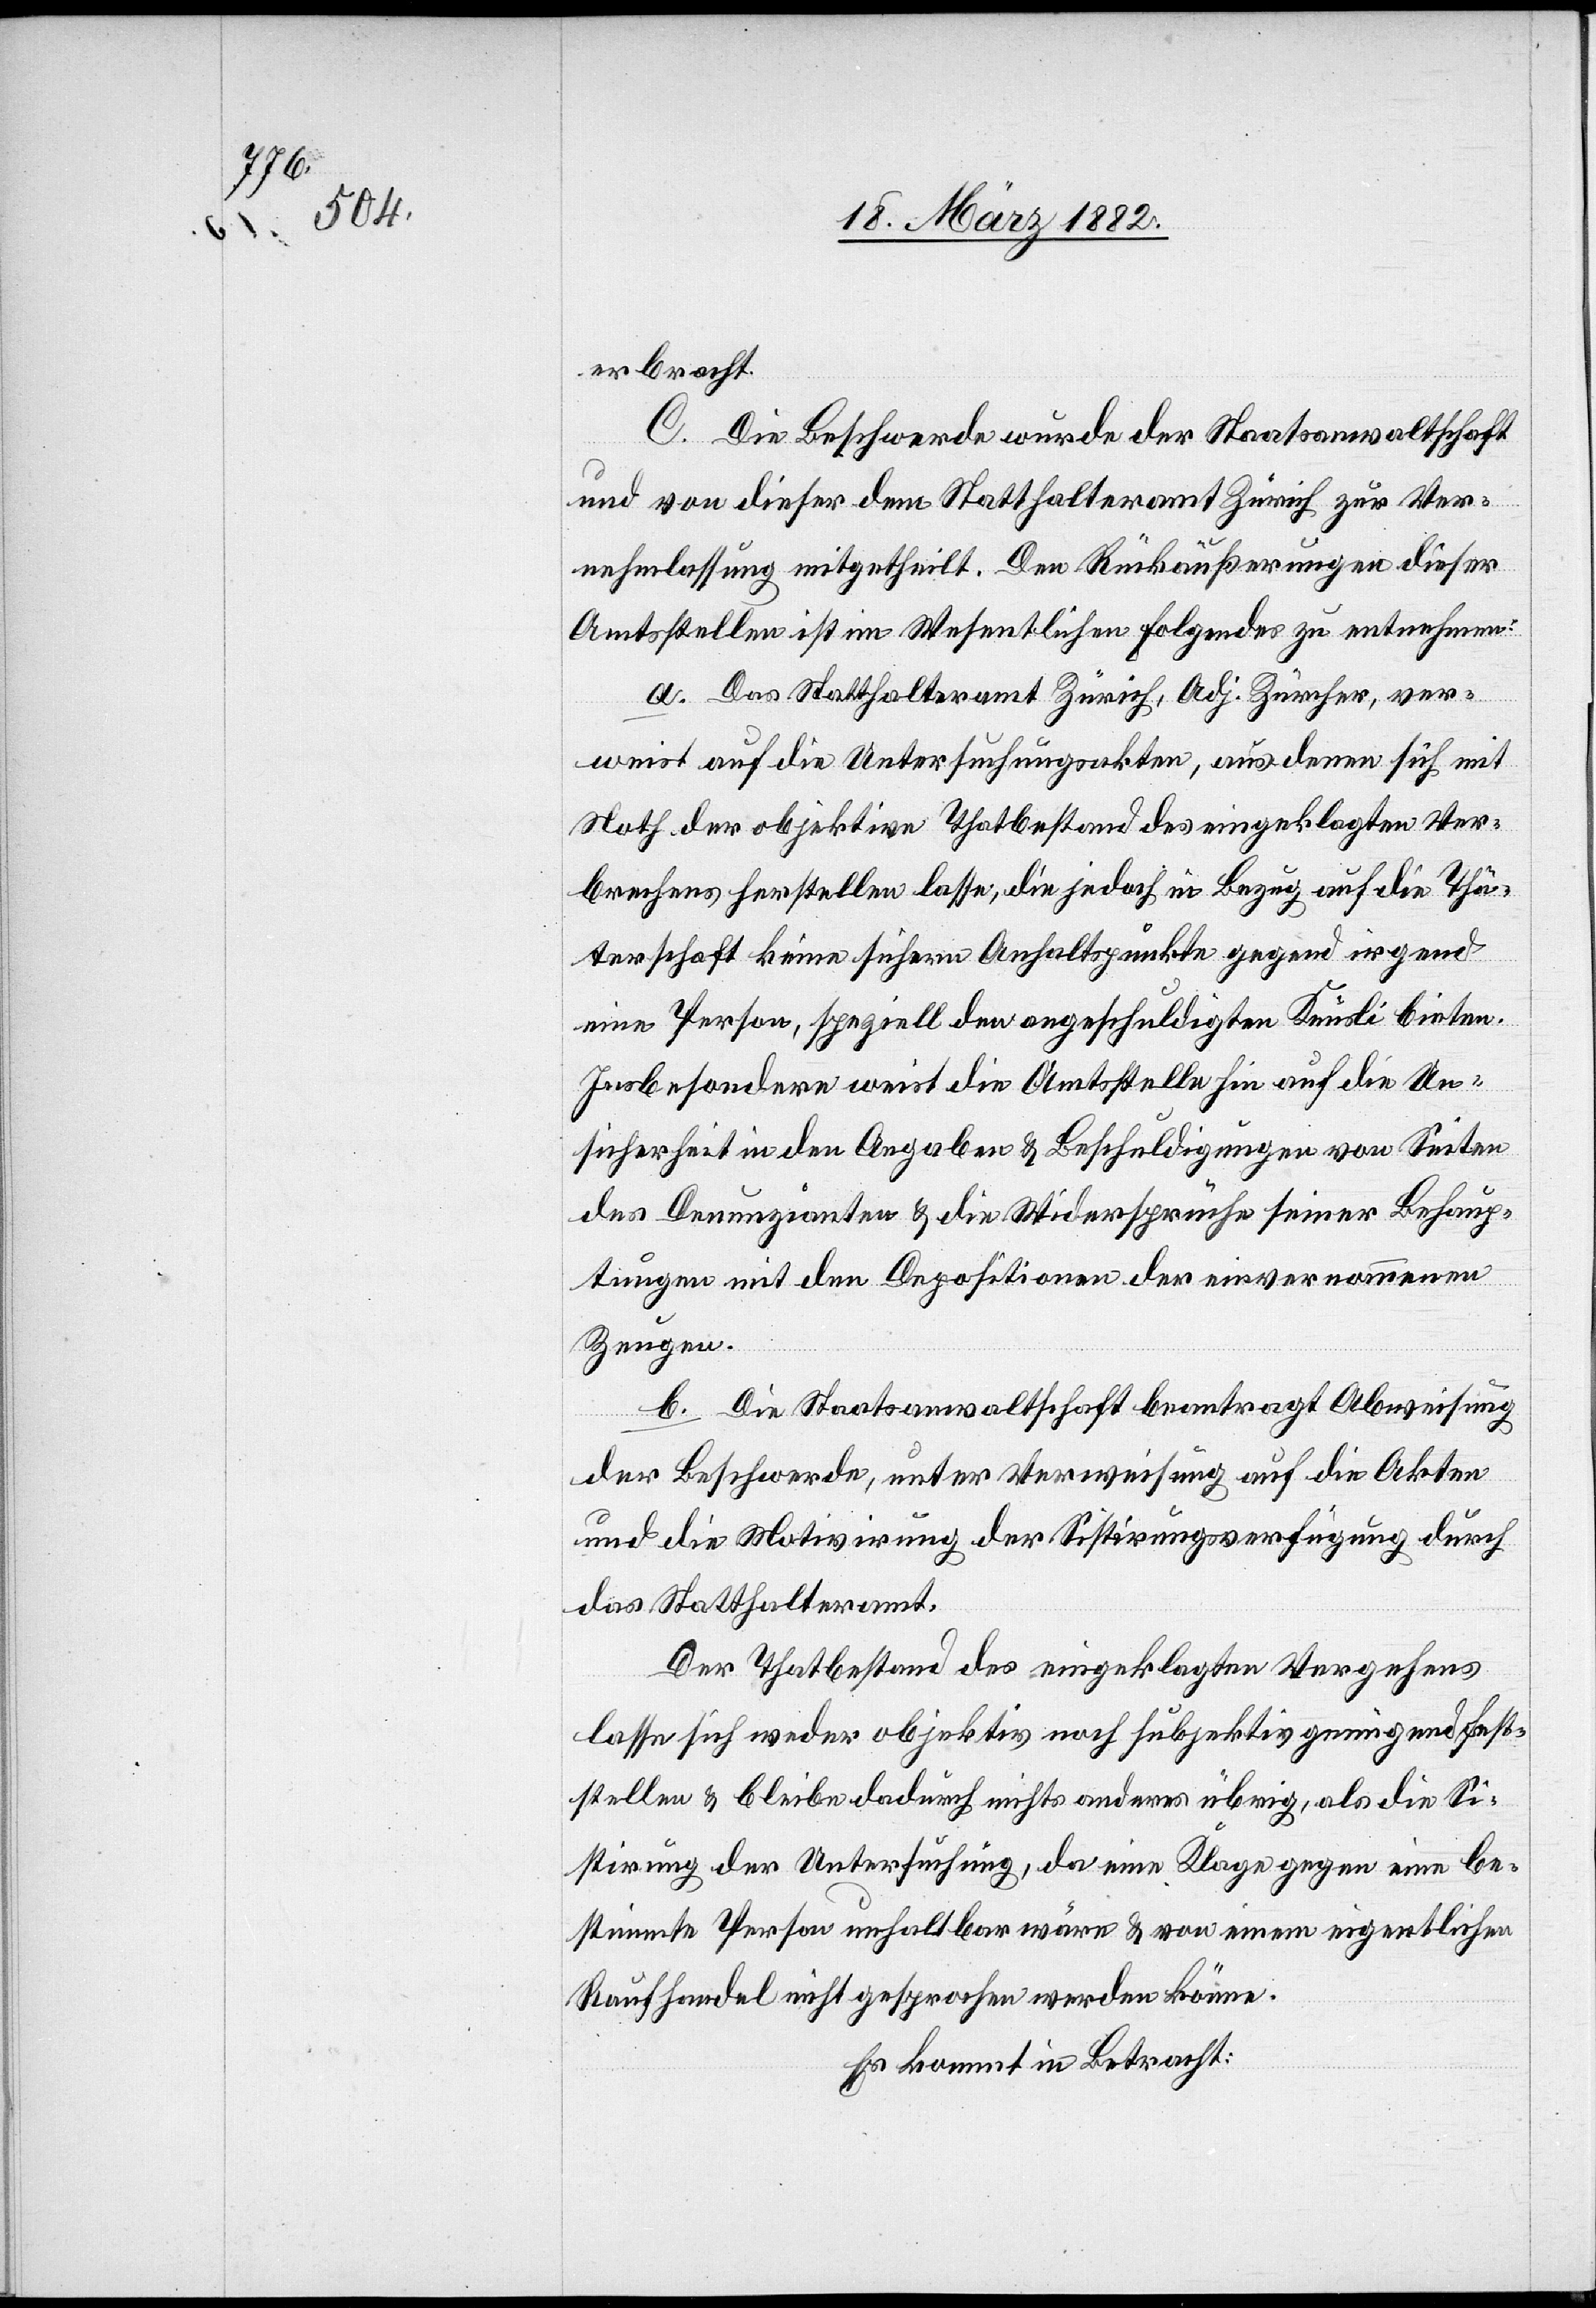
erbracht.
C. Die Beschwerde wurde der Staatsanwaltschaft
und von dieser dem Statthalteramt Zürich zur Ver¬
nehmlassung mitgetheilt. Den Rückäußerungen dieser
Amtsstelle ist im Wesentlichen folgendes zu entnehmen:
a. Das Statthalteramt Zürich, Adj. Zürcher, ver¬
weist auf die Untersuchungsakten, aus denen sich mit
Noth der objektive Thatbestand des eingeklagten Ver¬
brechens herstellen lasse, die jedoch in Bezug auf die Thä¬
terschaft keine sichere Anhaltspunkte gegen irgend
eine Person, speziell den angeschuldigten Knüsli bieten.
Insbesondere weist die Amtsstelle hin auf die Un¬
sicherheit in den Angaben & Beschuldigungen von Seite
des Denunzianten & die Widersprüche seiner Behaup¬
tungen mit den Depositionen der einvernommenen
Zeugen.
b. Die Staatsanwaltschaft beantragt Abweisung
der Beschwerde, unter Verweisung auf die Akten
und die Motivierung der Sistierungsverfügung durch
das Statthalteramt.
Der Thatbestand des eingeklagten Vergehens
lasse sich weder objektiv noch subjektiv genügend fest¬
stellen & bleibe dadurch nichts anderes übrig, als die Si¬
stierung der Untersuchung, da eine Klage gegen eine be¬
stimmte Person unhaltbar wäre & von einem eigentlichen
Kaufhandel nicht gesprochen werden könne.
Es kommt in Betracht: